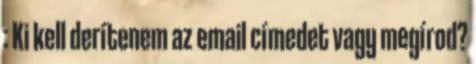
: Ki kell derítenem az email címedet vagy megírod?